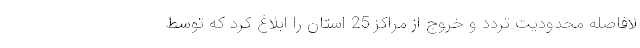
لافاصله محدودیت تردد و خروج از مراکز 25 استان را ابلاغ کرد که توسط